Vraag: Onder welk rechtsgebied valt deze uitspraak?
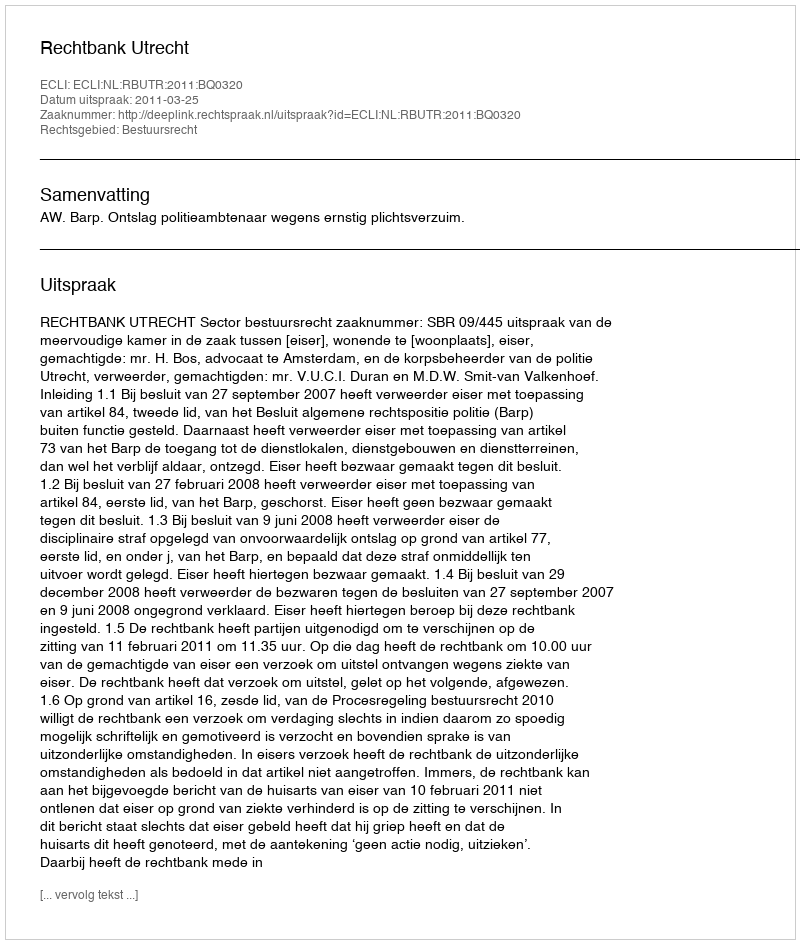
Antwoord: Bestuursrecht